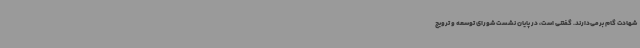
شهادت گام برمی‌دارند. گفتنی است، در پایان نشست شورای توسعه و ترویج